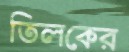
তিলকের